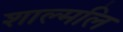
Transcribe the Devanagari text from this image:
शाल्मलि